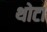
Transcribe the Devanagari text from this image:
थोटा